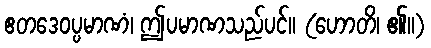
ဧတဒေဝပ္ပမာဏံ၊ ဤပမာဏသည်ပင်။ (ဟောတိ၊ ၏။)